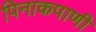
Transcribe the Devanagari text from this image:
पिनाकपाणी